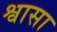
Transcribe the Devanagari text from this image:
श्वासा